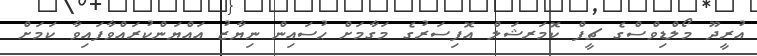
އުރީދޫ މޯލްޑިވްސްގެ ޗީފް ކޮމަރޝަލް އޮފިސަރުގެ މަގާމަށް ޙުސައިން ނިޔާޒު އައްޔަންކުރައްވާފައިވާ ކަމަށް